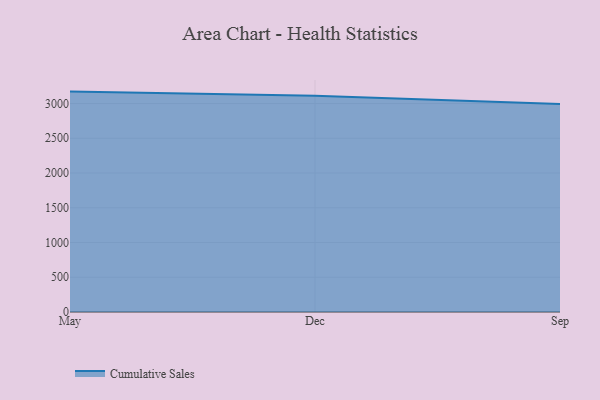
{"axis": {"x": "Month", "y": "Gross Profit (USD K)"}, "legend": ["Cumulative Sales"], "data": [{"x": "May", "y": 3171.5, "type": "Cumulative Sales"}, {"x": "Dec", "y": 3112.6, "type": "Cumulative Sales"}, {"x": "Sep", "y": 2994.3, "type": "Cumulative Sales"}]}